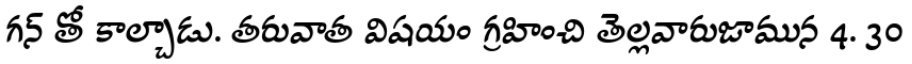
గన్ తో కాల్చాడు. తరువాత విషయం గ్రహించి తెల్లవారుజామున 4. 30